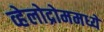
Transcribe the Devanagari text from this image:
व्हेलोद्रोममध्ये